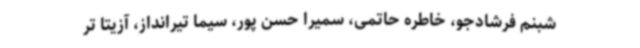
شبنم فرشادجو، خاطره حاتمی، سمیرا حسن پور، سیما تیرانداز، آزیتا تر